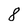
Character: 8